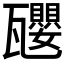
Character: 𪼿